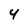
Character: 4